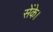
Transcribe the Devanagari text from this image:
सेंके।